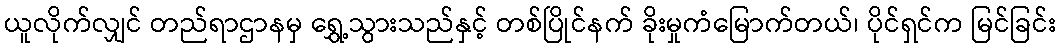
ယူလိုက်လျှင် တည်ရာဌာနမှ ရွှေ့သွားသည်နှင့် တစ်ပြိုင်နက် ခိုးမှုကံမြောက်တယ်၊ ပိုင်ရှင်က မြင်ခြင်း